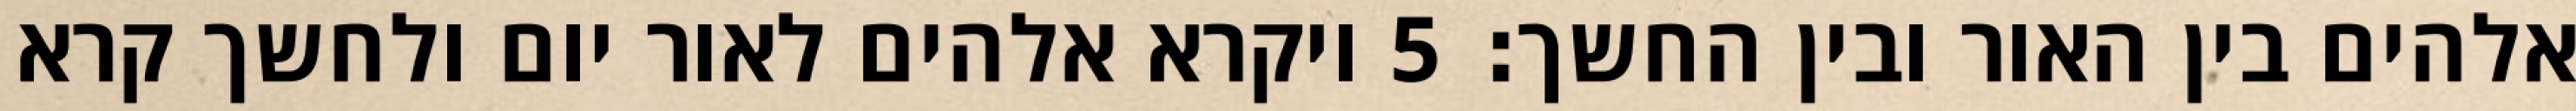
אלהים בין האור ובין החשך׃ ‎5‏ ויקרא אלהים לאור יום ולחשך קרא